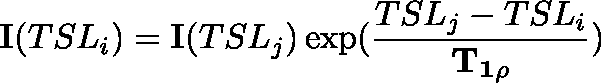
\mathbf { I } ( T S L _ { i } ) = \mathbf { I } ( T S L _ { j } ) \exp ( \frac { T S L _ { j } - T S L _ { i } } { \mathbf { T _ { 1 \rho } } } )